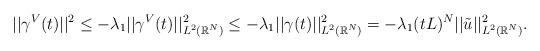
LaTeX: \begin{align*}||\gamma^V(t)||^2\leq -\lambda_1||\gamma^V(t)||^2_{L^2(\mathbb{R}^N)} \leq -\lambda_1||\gamma(t)||^2_{L^2(\mathbb{R}^N)}= -\lambda_1(tL)^N||\tilde{u}||^2_{L^2(\mathbb{R}^N)}.\end{align*}